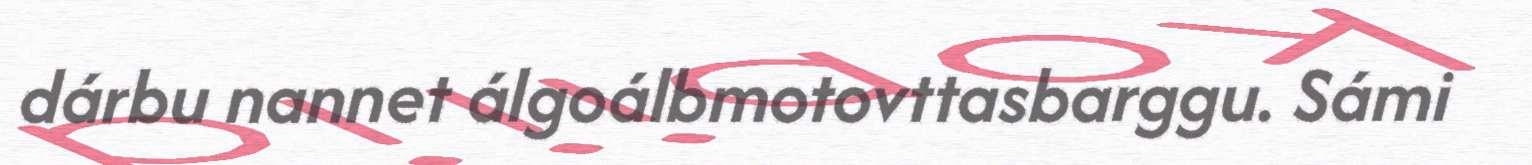
dárbu nannet álgoálbmotovttasbarggu. Sámi